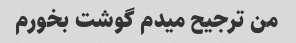
من ترجیح میدم گوشت بخورم